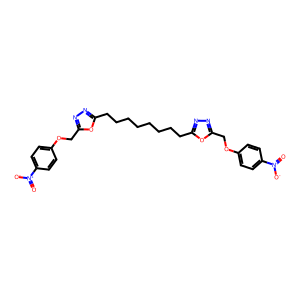
SMILES: O=[N+]([O-])c1ccc(OCc2nnc(CCCCCCCCc3nnc(COc4ccc([N+](=O)[O-])cc4)o3)o2)cc1
Inhibits HIV replication: No